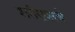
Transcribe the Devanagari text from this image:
शरीरावरचे